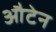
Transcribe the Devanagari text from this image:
औटेन